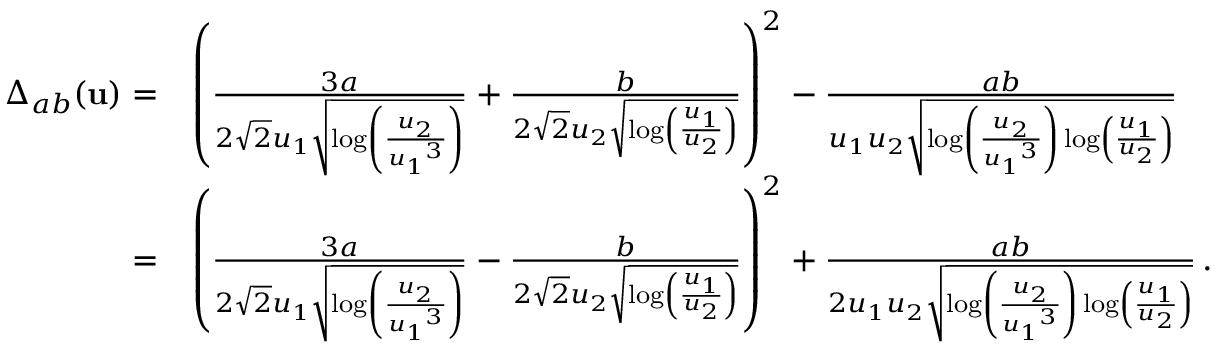
\begin{array} { r l } { \Delta _ { a b } ( { \mathbf { u } } ) = } & { \left( \frac { 3 a } { 2 \sqrt { 2 } { u _ { 1 } } \sqrt { \log \left( \frac { { u _ { 2 } } } { { u _ { 1 } } ^ { 3 } } \right) } } + \frac { b } { 2 \sqrt { 2 } { u _ { 2 } } \sqrt { \log \left( \frac { { u _ { 1 } } } { { u _ { 2 } } } \right) } } \right) ^ { 2 } - \frac { a b } { { u _ { 1 } u _ { 2 } } \sqrt { \log \left( \frac { { u _ { 2 } } } { { u _ { 1 } } ^ { 3 } } \right) \log \left( \frac { { u _ { 1 } } } { { u _ { 2 } } } \right) } } } \\ { = } & { \left( \frac { 3 a } { 2 \sqrt { 2 } { u _ { 1 } } \sqrt { \log \left( \frac { { u _ { 2 } } } { { u _ { 1 } } ^ { 3 } } \right) } } - \frac { b } { 2 \sqrt { 2 } { u _ { 2 } } \sqrt { \log \left( \frac { { u _ { 1 } } } { { u _ { 2 } } } \right) } } \right) ^ { 2 } + \frac { a b } { { 2 u _ { 1 } u _ { 2 } } \sqrt { \log \left( \frac { { u _ { 2 } } } { { u _ { 1 } } ^ { 3 } } \right) \log \left( \frac { { u _ { 1 } } } { { u _ { 2 } } } \right) } } \, . } \end{array}